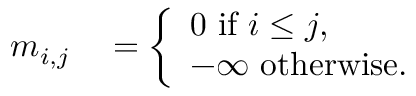
\begin{array} { r l } { m _ { i , j } } & { { } = \left\{ \begin{array} { l l } { 0 \ \mathrm { i f } \ i \leq j , } \\ { - \infty \ \mathrm { o t h e r w i s e . } } \end{array} \right. } \end{array}